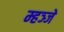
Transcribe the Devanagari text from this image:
म्हञ्जे